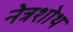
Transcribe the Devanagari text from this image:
नेत्रशोथ